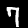
Label: 7